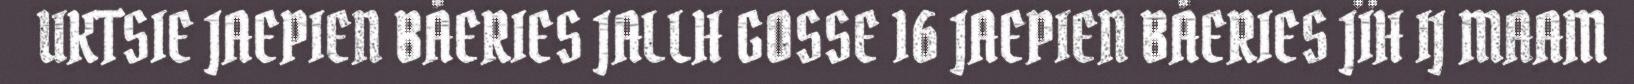
UKTSIE JAEPIEN BÅERIES JALLH GOSSE 16 JAEPIEN BÅERIES JÏH IJ MAAM